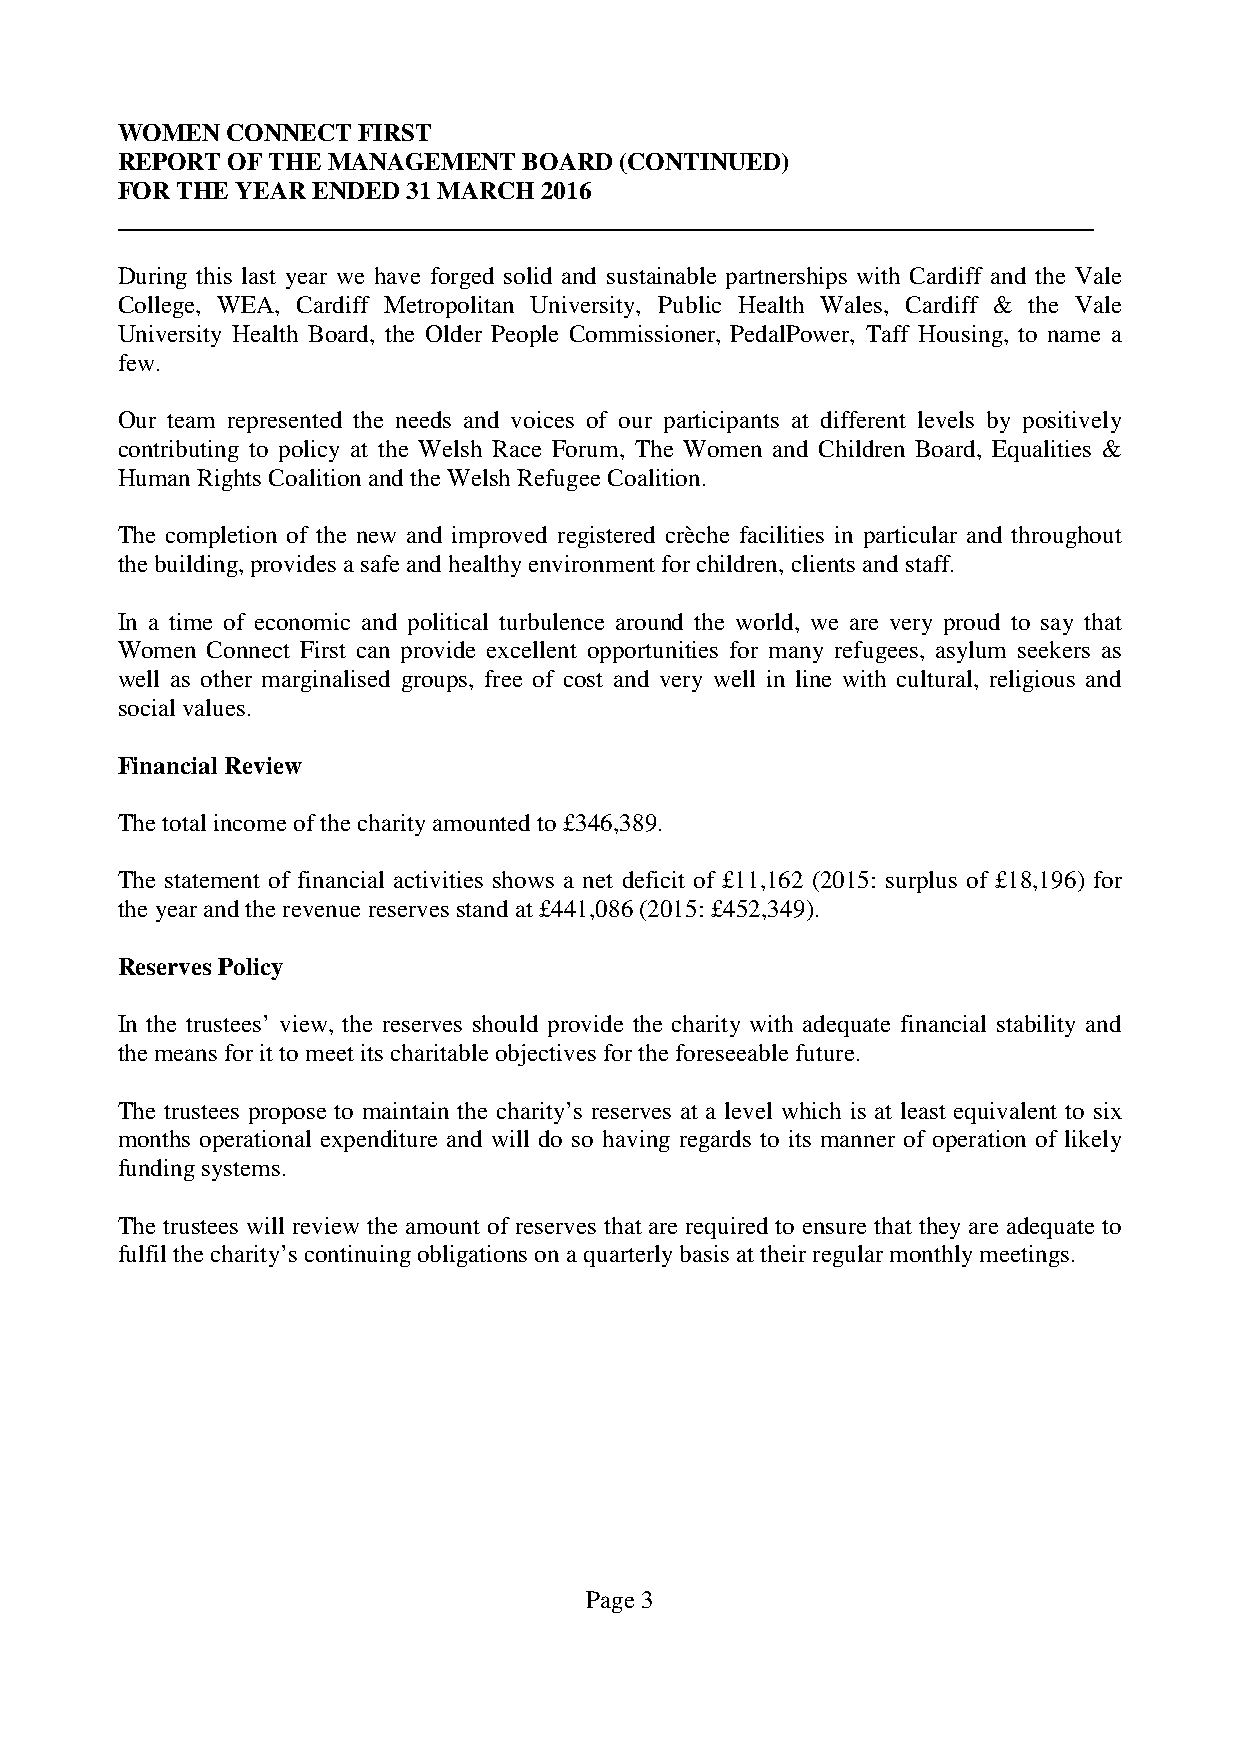
WOMEN  CONNECT  FIRST
 REPORT OF THE MANAGEMENT   BOARD (CONTINUED)
 FOR THE YEAR ENDED 31 MARCH 2016
 During this last year we have forged solid and sustainable partnerships with Cardiff and the Vale
 College, WEA, Cardiff Metropolitan University, Public Health Wales, Cardiff & the Vale
 University Health Board, the Older People Commissioner, PedalPower, Taff Housing, to name a
 few.
 Our team represented the needs and voices of our participants at different levels by positively
 contributing to policy at the Welsh Race Forum, The Women and Children Board, Equalities &
 Human Rights Coalition and the Welsh Refugee Coalition.
 The completion of the new and improved registered crèche facilities in particular and throughout
 the building, provides a safe and healthy environment for children, clients and staff.
 In a time of economic and political turbulence around the world, we are very proud to say that
 Women Connect First can provide excellent opportunities for many refugees, asylum seekers as
 well as other marginalised groups, free of cost and very well in line with cultural, religious and
 social values.
 Financial Review
 The total income of the charity amounted to £346,389.
 The statement of financial activities shows a net deficit of £11,162 (2015: surplus of £18,196) for
 the year and the revenue reserves stand at £441,086 (2015: £452,349).
 Reserves Policy
 In the trustees’ view, the reserves should provide the charity with adequate financial stability and
 the means for it to meet its charitable objectives for the foreseeable future.
 The trustees propose to maintain the charity’s reserves at a level which is at least equivalent to six
 months operational expenditure and will do so having regards to its manner of operation of likely
 funding systems.
 The trustees will review the amount of reserves that are required to ensure that they are adequate to
 fulfil the charity’s continuing obligations on a quarterly basis at their regular monthly meetings.
 Page 3